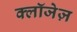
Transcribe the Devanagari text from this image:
क्लॉजेज़